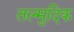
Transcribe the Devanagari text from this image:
तल्मुदिक